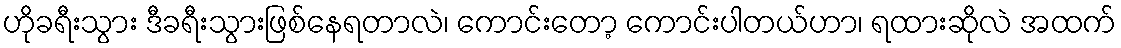
ဟိုခရီးသွား ဒီခရီးသွားဖြစ်နေရတာလဲ၊ ကောင်းတော့ ကောင်းပါတယ်ဟာ၊ ရထားဆိုလဲ အထက်